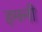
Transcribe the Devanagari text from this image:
हमनी